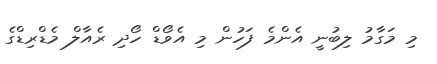
މި މަގާމު ލިބުނީ އެންމެ ފަހުން މި އެވޯޑް ހޯދި ރެއާލް މެޑްރިޑްގެ